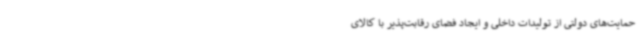
حمایت‌های دولتی از تولیدات داخلی و ایجاد فضای رقابت‌پذیر با کالای